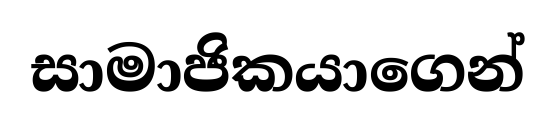
සාමාජිකයාගෙන්